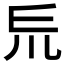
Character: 𠃤